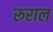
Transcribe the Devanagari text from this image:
रूराल